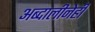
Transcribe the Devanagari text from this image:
अब्दालीनेही